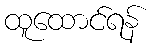
ထူထောင်ရန်